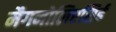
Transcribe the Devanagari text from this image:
मैगनोलिएसिई